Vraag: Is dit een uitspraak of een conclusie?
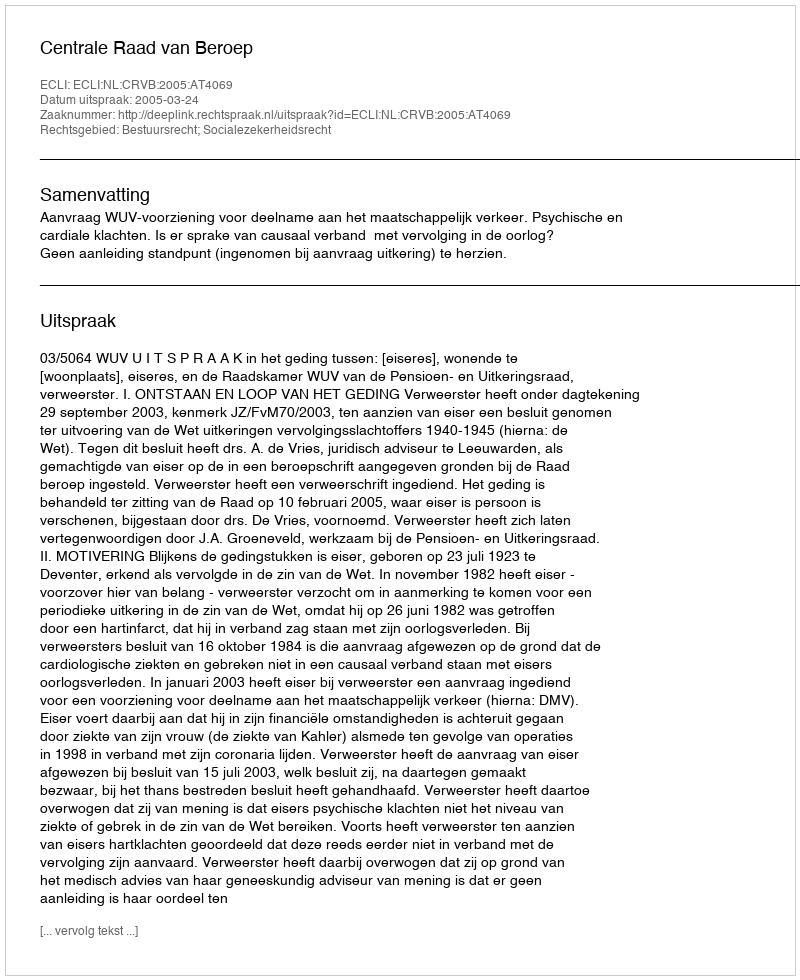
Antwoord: Uitspraak